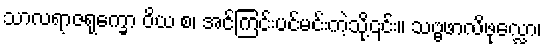
သာလရာဇရုက္ခော ဝိယ စ၊ အင်ကြင်းပင်မင်းကဲ့သို့၎င်း။ သဗ္ဗဖာလိဖုလ္လော၊